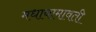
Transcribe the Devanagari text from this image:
मधायामावती